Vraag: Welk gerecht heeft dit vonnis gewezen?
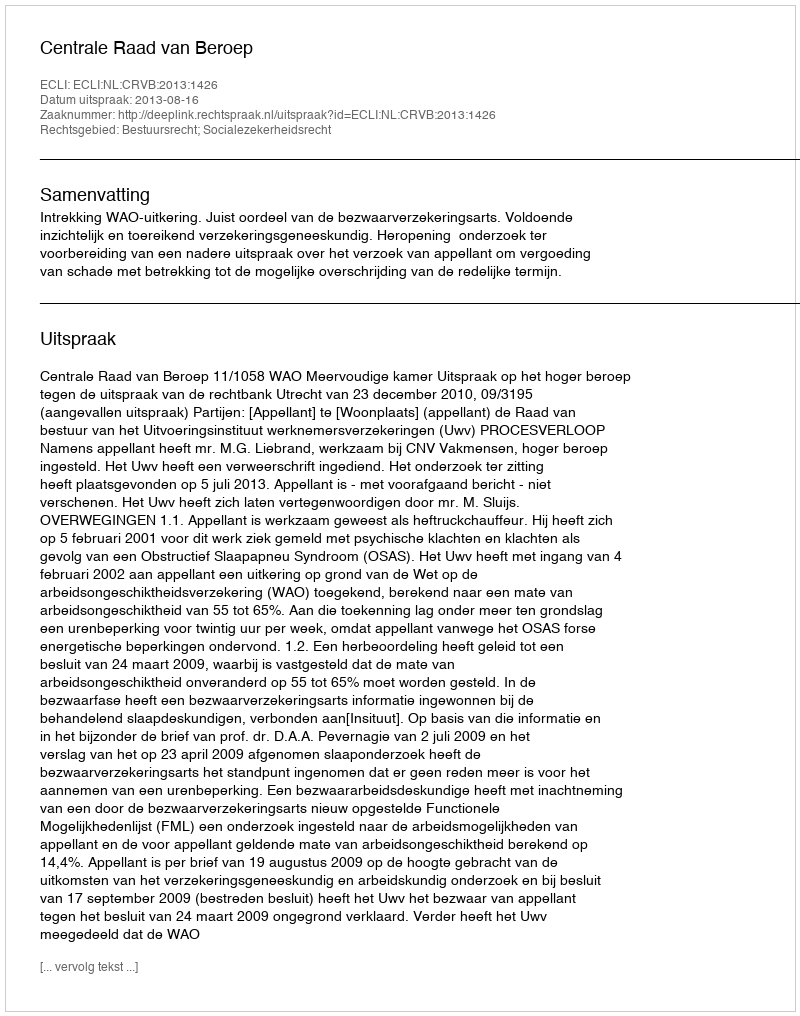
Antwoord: Centrale Raad van Beroep